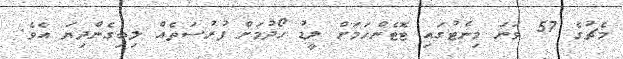
މެޗުގެ 57 ވަނަ މިނެޓުގައި ޓޮޓެންހަމަށް ލީޑު ހޯދުމަށް ފުރުސަތެއް ލިބިގެންދިޔަ އެވެ.